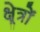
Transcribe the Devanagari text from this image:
क्ष्रेत्रों